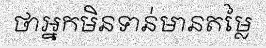
ថាអ្នកមិនទាន់មានតម្លៃ